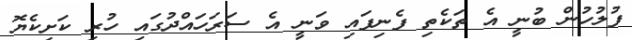
ފުލުހުން ބުނީ އެ ތަކެތި ފެނިފައި ވަނީ އެ ސަރަހައްދުގައި ހުރި ކަށިކެޔޮ